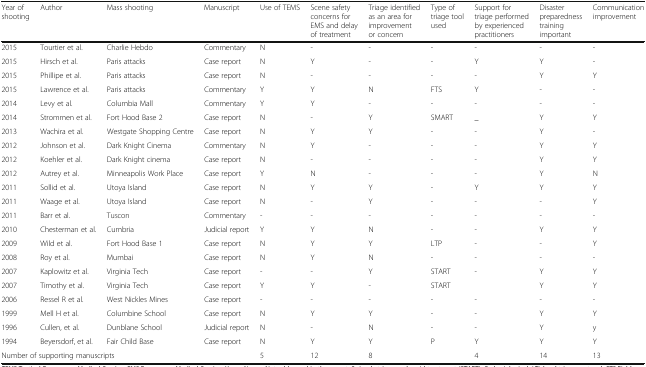
| Year of shooting | Author | Mass shooting | Manuscript | Use of TEMS | Scene safety concerns for EMS and delay of treatment | Triage identified as an area for improvement or concern | Type of triage tool used | Support for triage performed by experienced practitioners | Disaster preparedness training important | Communication improvement |
 | --- | --- | --- | --- | --- | --- | --- | --- | --- | --- | --- |
 | 2015 | Tourtier et al. | Charlie Hebdo | Commentary | N | - | - | - | - | - | - |
 | 2015 | Hirsch et al. | Paris attacks | Case report | N | Y | - | - | Y | Y | - |
 | 2015 | Phillipe et al. | Paris attacks | Case report | N | - | - | - | - | Y | Y |
 | 2015 | Lawrence et al. | Paris attacks | Commentary | Y | Y | N | FTS | Y | - | - |
 | 2014 | Levy et al. | Columbia Mall | Commentary | Y | Y | - | - | - | - | - |
 | 2014 | Strommen et al. | Fort Hood Base 2 | Case report | N | - | Y | SMART | _ | Y | Y |
 | 2013 | Wachira et al. | Westgate Shopping Centre | Case report | N | Y | Y | - | - | Y | - |
 | 2012 | Johnson et al. | Dark Knight Cinema | Commentary | N | Y | - | - | - | Y | Y |
 | 2012 | Koehler et al. | Dark Knight cinema | Case report | N | - | - | - | - | Y | Y |
 | 2012 | Autrey et al. | Minneapolis Work Place | Case report | Y | N | - | - | - | Y | N |
 | 2011 | Sollid et al. | Utoya Island | Case report | N | Y | Y | - | Y | Y | Y |
 | 2011 | Waage et al. | Utoya Island | Case report | N | - | Y | - | - | - | Y |
 | 2011 | Barr et al. | Tuscon | Commentary | - | - | - | - | - | - | - |
 | 2010 | Chesterman et al. | Cumbria | Judicial report | Y | Y | N | - | - | Y | Y |
 | 2009 | Wild et al. | Fort Hood Base 1 | Case report | N | Y | Y | LTP | - | - | Y |
 | 2008 | Roy et al. | Mumbai | Case report | N | Y | N | - | - | - | - |
 | 2007 | Kaplowitz et al. | Virginia Tech | Case report | - | - | Y | START | - | Y | Y |
 | 2007 | Timothy et al. | Virginia Tech | Case report | Y | Y | - | START |  | Y | Y |
 | 2006 | Ressel R et al. | West Nickles Mines | Case report | - | - | - | - | - | - | - |
 | 1999 | Mell H et al. | Columbine School | Case report | N | Y | Y | - | - | Y | Y |
 | 1996 | Cullen, et al. | Dunblane School | Judicial report | N | - | N | - | - | Y | y |
 | 1994 | Beyersdorf, et al. | Fair Child Base | Case report | N | Y | Y | P | Y | Y | Y |
 | <COLSPAN=3> Number of supporting manuscripts |  | 5 | 12 | 8 |  | 4 | 14 | 13 |